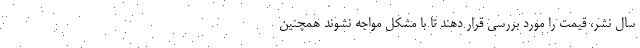
سال نشر، قیمت را مورد بررسی قرار دهند تا با مشکل مواجه نشوند همچنین